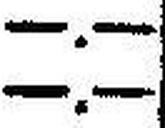
—.—